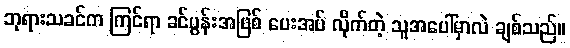
ဘုရားသခင်က ကြင်ရာ ခင်ပွန်းအဖြစ် ပေးအပ် လိုက်တဲ့ သူအပေါ်မှာလဲ ချစ်သည်။